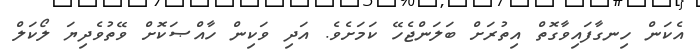
އެކަން ހިނގާފައިވާގޮތް އިތުރަށް ބަލަންޖެހޭ ކަމަށެވެ. އަދި ވަކިން ހާއްޞަކޮށް ވޭތުވެދިޔަ ލޯކަލް